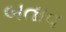
બતાવ